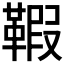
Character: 𩋥